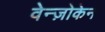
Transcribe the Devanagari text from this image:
वेन्ज़ोकेन